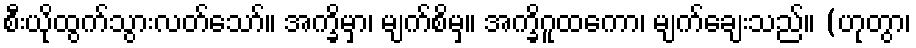
စီးယိုထွက်သွားလတ်သော်။ အက္ခိမှာ၊ မျက်စိမှ။ အက္ခိဂူထကော၊ မျက်ချေးသည်။ (ဟုတွာ၊